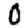
Digit: 0